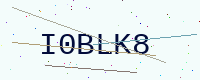
Text: I0BLK8